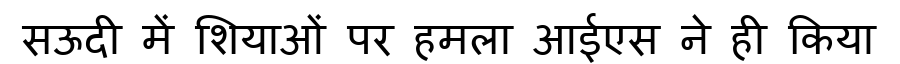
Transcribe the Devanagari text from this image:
सऊदी में शियाओं पर हमला आईएस ने ही किया